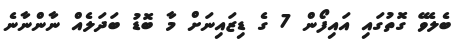
ބެލެވޭ ގޮތުގައި އައިފޯން 7 ގެ ޑިޒައިނަށް މާ ބޮޑު ބަދަލެއް ނާންނާނެ